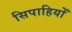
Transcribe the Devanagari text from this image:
सिपाहियोँ